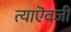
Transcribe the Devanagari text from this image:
त्याऎवजी